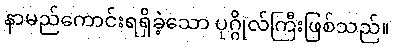
နာမည်ကောင်းရရှိခဲ့သော ပုဂ္ဂိုလ်ကြီးဖြစ်သည်။